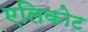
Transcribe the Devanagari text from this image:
एलिकोट